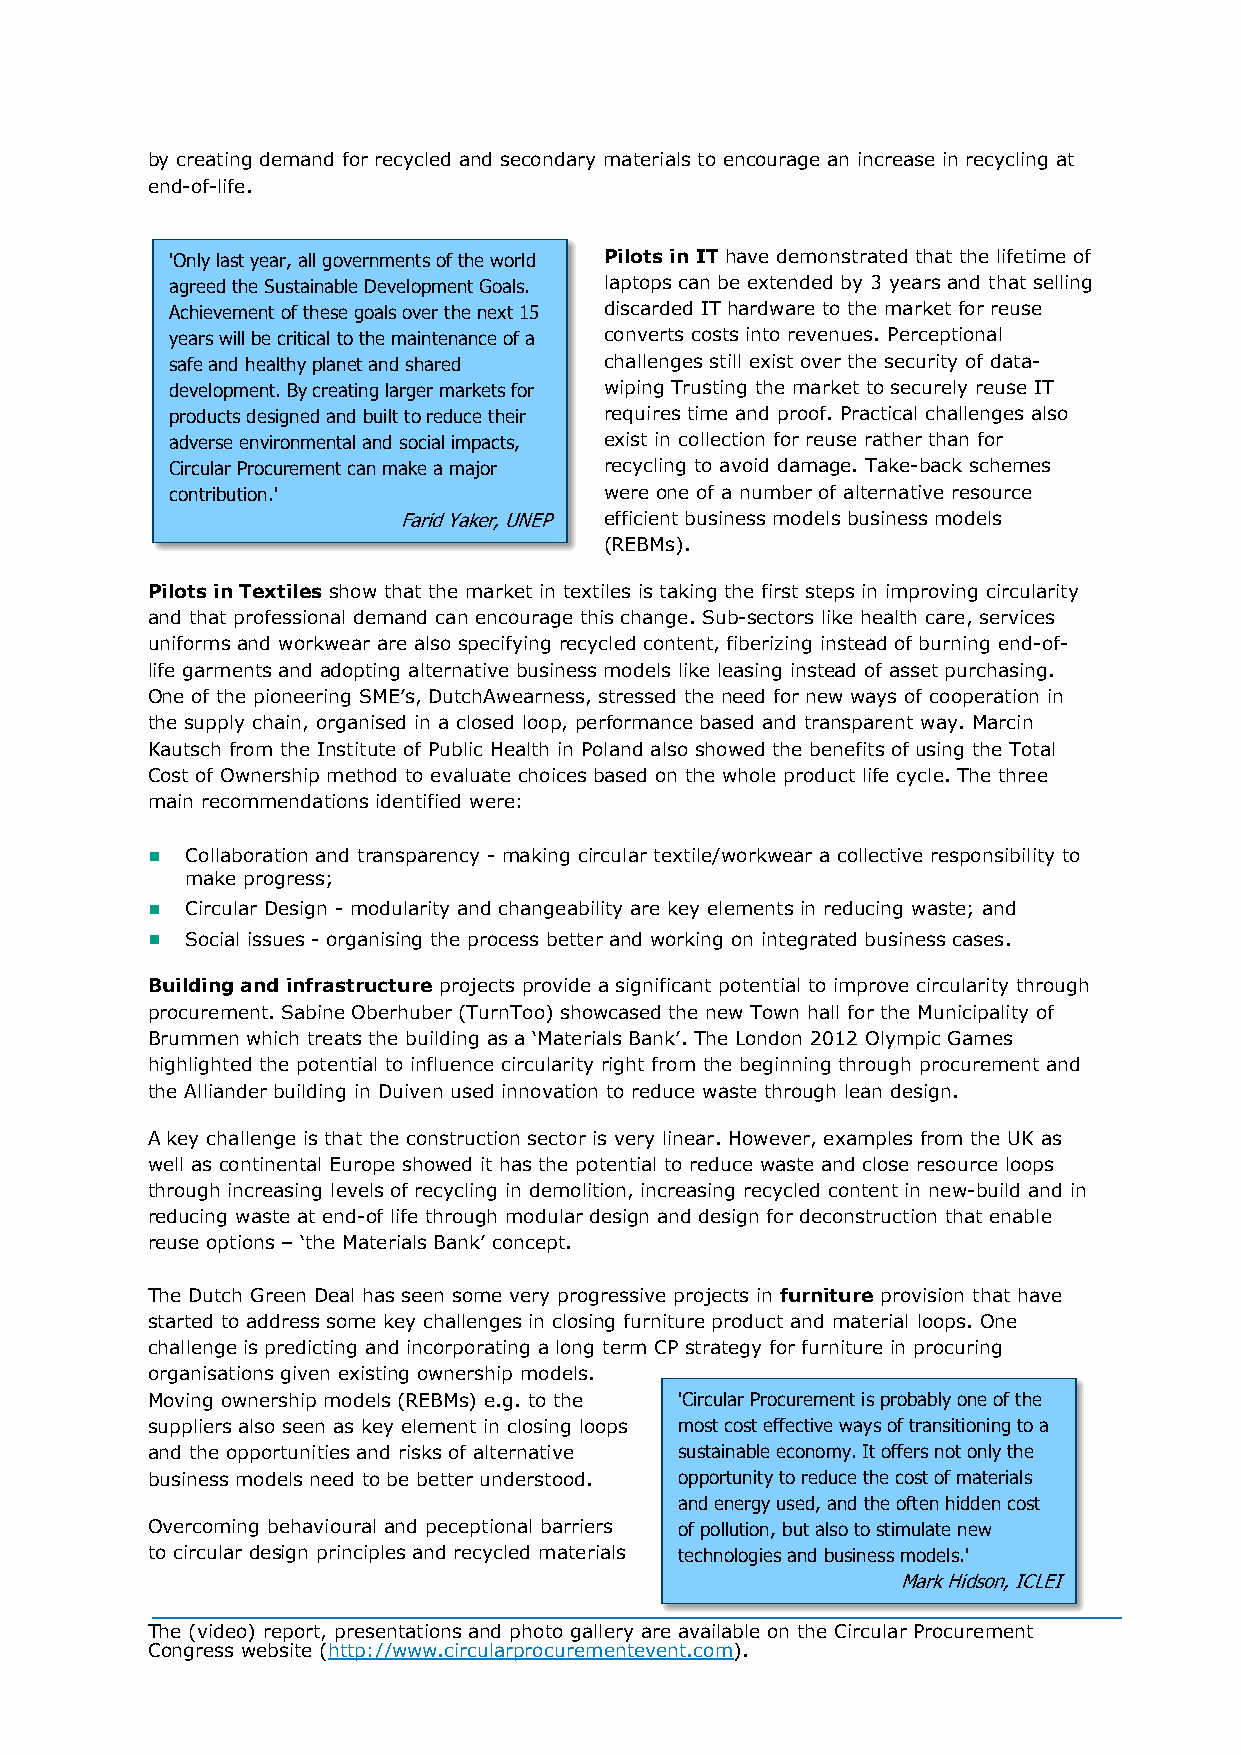
by creating demand for recycled and secondary materials to encourage an increase in recycling at
 end-of-life.
 'Only last year, all governments of the world Pilots in IT have demonstrated that the lifetime of
 agreed the Sustainable Development Goals. laptops can be extended by 3 years and that selling
 Achievement of these goals over the next 15 discarded IT hardware to the market for reuse
 years will be critical to the maintenance of a converts costs into revenues. Perceptional
 safe and healthy planet and shared challenges still exist over the security of data-
 development. By creating larger markets for wiping Trusting the market to securely reuse IT
 products designed and built to reduce their requires time and proof. Practical challenges also
 adverse environmental and social impacts, exist in collection for reuse rather than for
 Circular Procurement can make a major recycling to avoid damage. Take-back schemes
 contribution.'               were one of a number of alternative resource
 Farid Yaker, UNEP efficient business models business models
 (REBMs).
 Pilots in Textiles show that the market in textiles is taking the first steps in improving circularity
 and that professional demand can encourage this change. Sub-sectors like health care, services
 uniforms and workwear are also specifying recycled content, fiberizing instead of burning end-of-
 life garments and adopting alternative business models like leasing instead of asset purchasing.
 One of the pioneering SME’s, DutchAwearness, stressed the need for new ways of cooperation in
 the supply chain, organised in a closed loop, performance based and transparent way. Marcin
 Kautsch from the Institute of Public Health in Poland also showed the benefits of using the Total
 Cost of Ownership method to evaluate choices based on the whole product life cycle. The three
 main recommendations identified were:
  Collaboration and transparency - making circular textile/workwear a collective responsibility to
 make progress;
  Circular Design - modularity and changeability are key elements in reducing waste; and
  Social issues - organising the process better and working on integrated business cases.
 Building and infrastructure projects provide a significant potential to improve circularity through
 procurement. Sabine Oberhuber (TurnToo) showcased the new Town hall for the Municipality of
 Brummen which treats the building as a ‘Materials Bank’. The London 2012 Olympic Games
 highlighted the potential to influence circularity right from the beginning through procurement and
 the Alliander building in Duiven used innovation to reduce waste through lean design.
 A key challenge is that the construction sector is very linear. However, examples from the UK as
 well as continental Europe showed it has the potential to reduce waste and close resource loops
 through increasing levels of recycling in demolition, increasing recycled content in new-build and in
 reducing waste at end-of life through modular design and design for deconstruction that enable
 reuse options – ‘the Materials Bank’ concept.
 The Dutch Green Deal has seen some very progressive projects in furniture provision that have
 started to address some key challenges in closing furniture product and material loops. One
 challenge is predicting and incorporating a long term CP strategy for furniture in procuring
 organisations given existing ownership models.
 Moving ownership models (REBMs) e.g. to the 'Circular Procurement is probably one of the
 suppliers also seen as key element in closing loops most cost effective ways of transitioning to a
 and the opportunities and risks of alternative sustainable economy. It offers not only the
 business models need to be better understood. opportunity to reduce the cost of materials
 and energy used, and the often hidden cost
 Overcoming behavioural and peceptional barriers of pollution, but also to stimulate new
 to circular design principles and recycled materials technologies and business models.'
 Mark Hidson, ICLEI
 The (video) report, presentations and photo gallery are available on the Circular Procurement
 Congress website (http://www.circularprocurementevent.com).